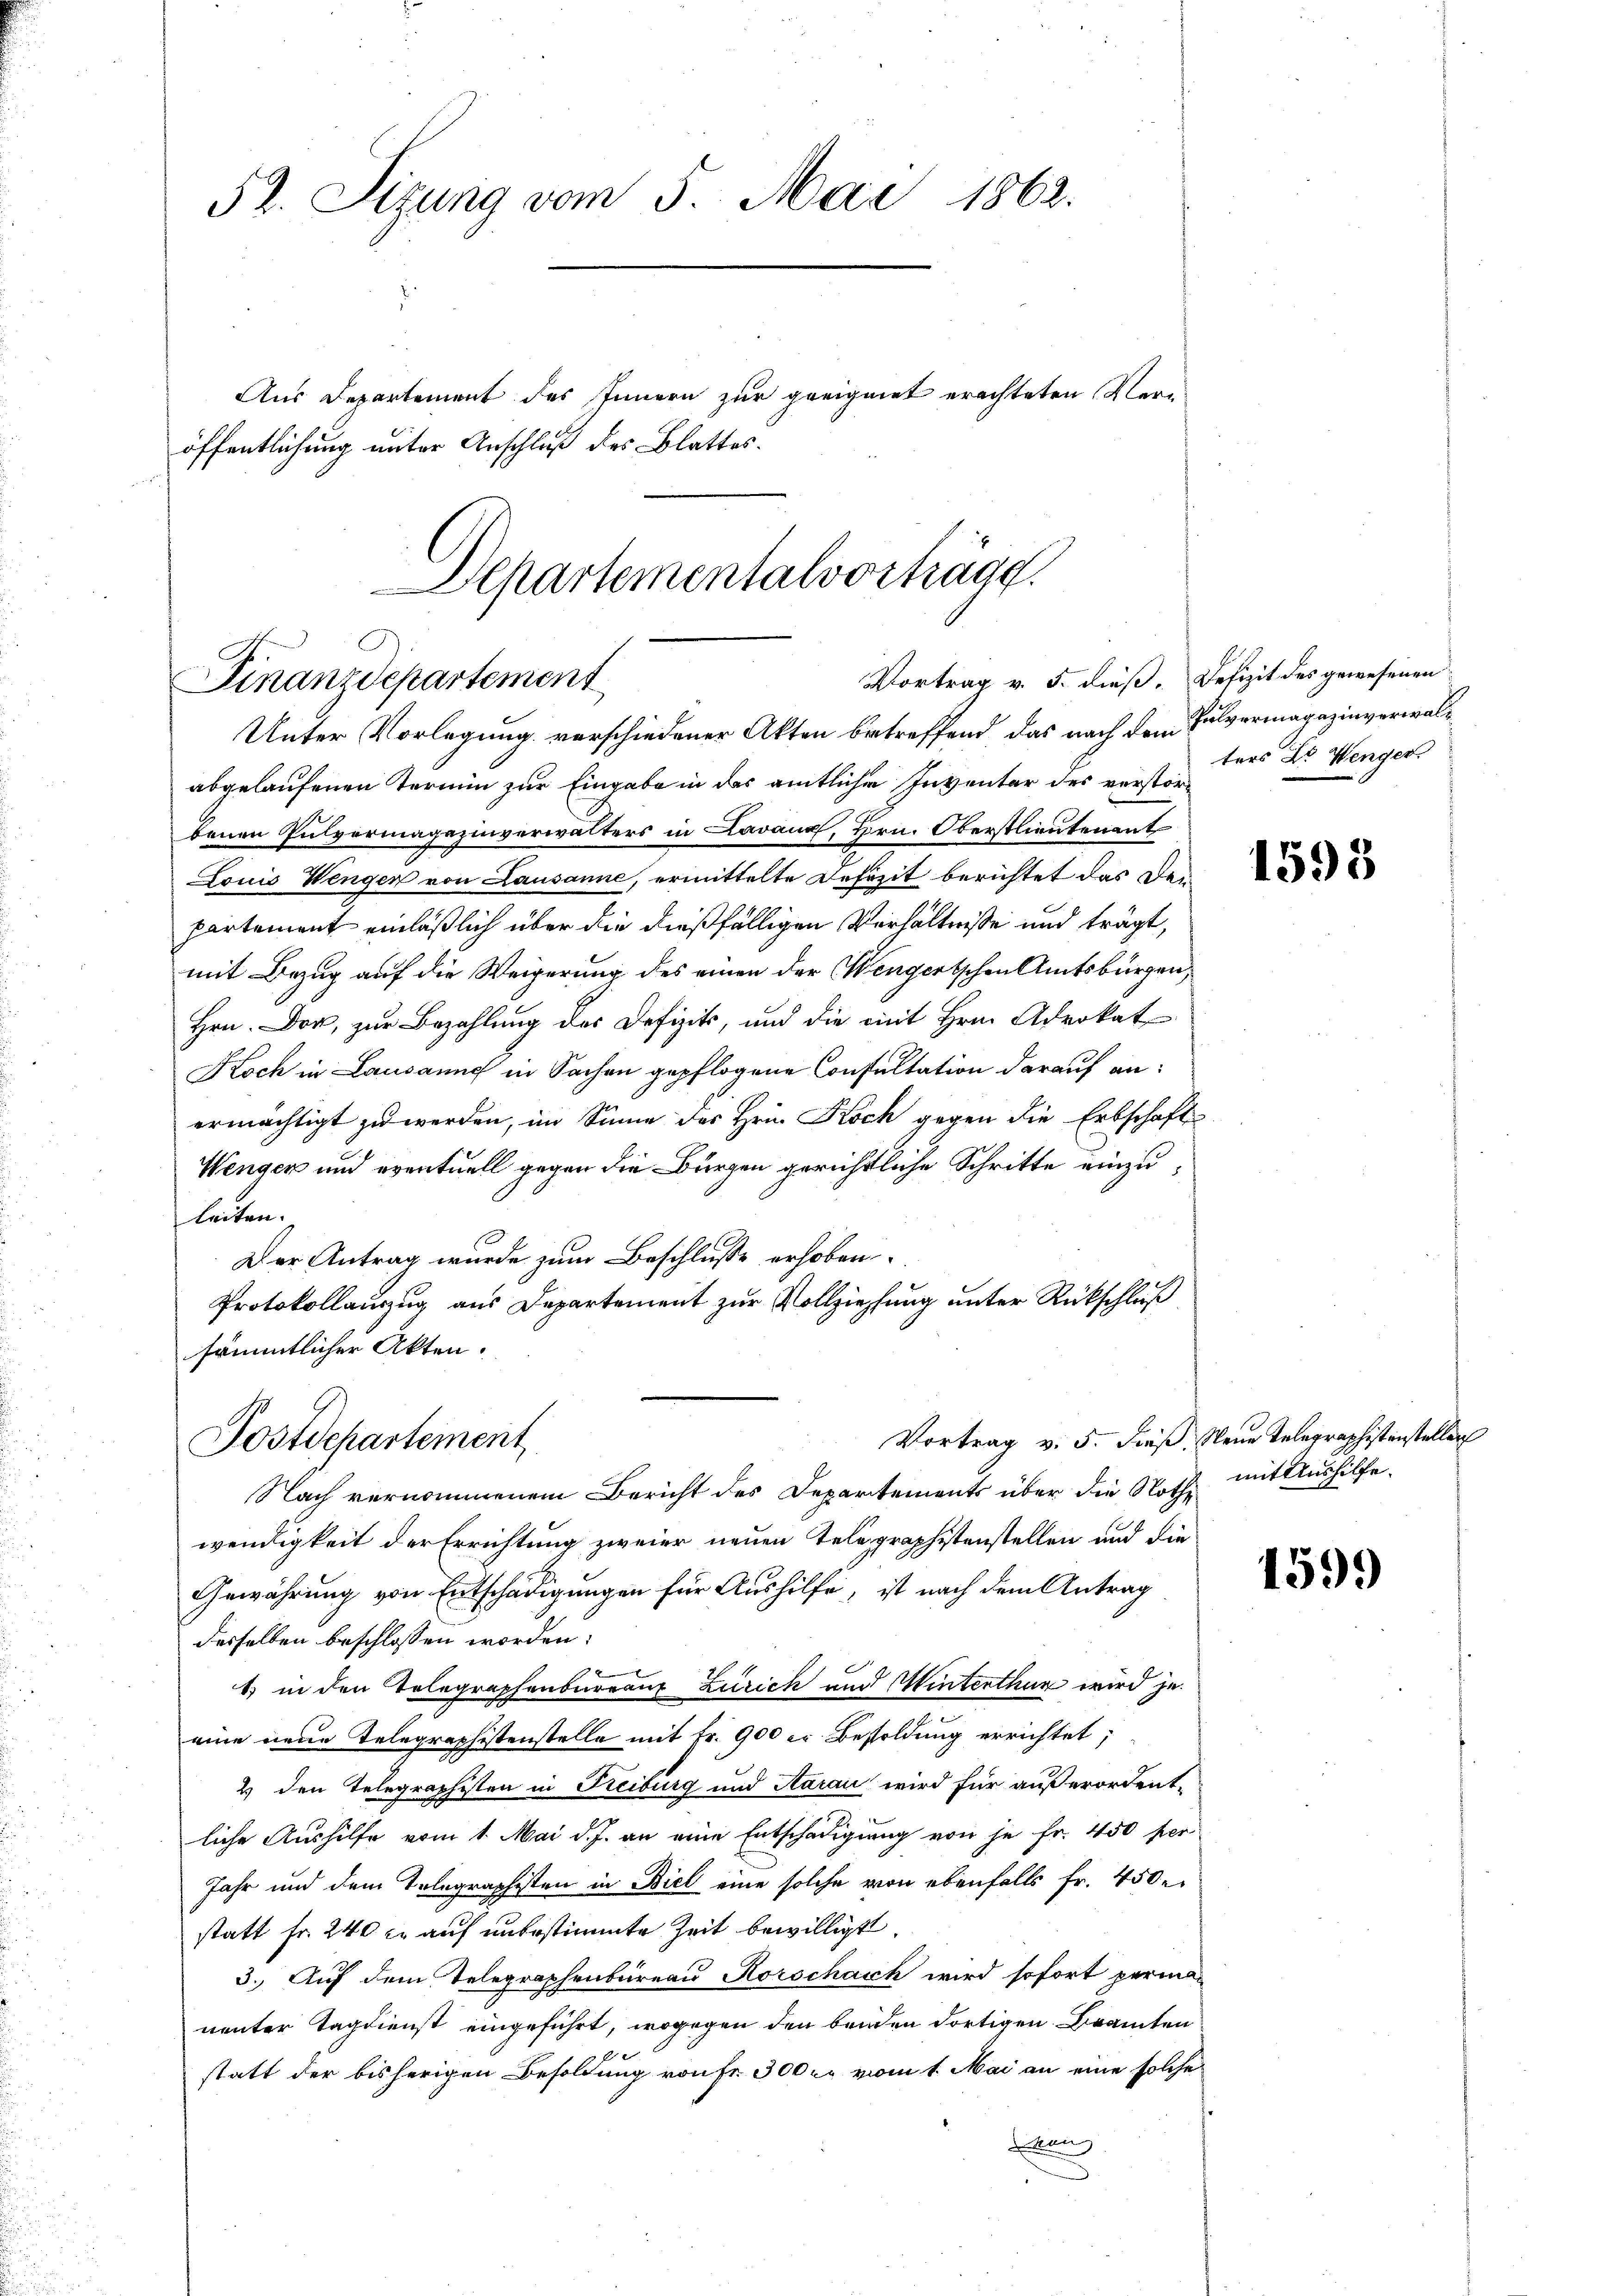
52. Sizung vom 5. Mai 1862.

Departementalvorträge.
Vortrag v. 5. dieß.
Finanzdepartement
Unter Vorlegung verschiedener Akten betreffend, das nach dem Pulvermagazinverwal¬

Aus Departement des Innern zur geeignet erachteten Ver¬

abgelaufenen Termin zur Eingabe in das amtliche Inventar des verstörbenen Pulvermagazinverwalters in Lavaux, Hrn. Oberstlieutenant
Louis Wengen von Lausanne, ermittelte Defizit berichtet das Den
partement einläßlich über die dießfälligen Verhältnisse und trägt,
mit Bezug auf die Weigerung des einen der Wengertschen Amtsbürgen,
Hrn. Dor, zur Bezahlung der Defizik, und die mit Hrn. Advokat
Koch in Lausanne in Sachen gepflogene Consultation darauf anermächtigt zu werden, im Sinne des Hrn. Koch gegen die Erbschaft
Wengen und eventuell gegen die Bürgen gerichtliche Schritte einzuleiten.
Der Antrag wurde zum Beschluße erhoben.
Protokollauszug aus Departement zur Vollziehung unter Rückschluß
sämmtlicher Akten.

öffentlichung unter Anschluß des Blattes.

Postdepartement

Defizit des gewesenen
ters Dr. Wenger

Nach vernommenem Bericht des Departements über die Noth mit Aushilfe.
wendigkeit der Errichtung zweier neuen Telegraphistenstellen und die
Gewährung von Entschädigungen für Aushilfe, ist nach dem Antrag
desselben beschlossen worden:
1) in den Tolographenbureaus Zürich und Winterthun wird zu
eine neue Telegraphistenstelle mit Fr. 900 er Besoldung errichtet;
2 den Telegraphisten in Freiburg und Aarau wird für außerordent-
liche Aushilfe vom 1. Mai d. J. an eine Entschädigung von je Fr. 450 per
Jahr und dem Telegraphisten in Biel eine solche von ebenfalls fr. 450.
statt Fr. 240 er auf unbestimmte Zeit bewilligt.
3. Auf dem Telegraphenbureau Korschasch wird sofort permanunter Tagdienst eingeführt, wogegen den beiden dortigen Beamten
statt der bisherigen Besoldung von fr. 300 r. vom 1. Mai an eine solche
a

1595

Vortrag v. 5. dieß, Neue Telegraphistenstellen

1599